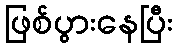
ဖြစ်ပွားနေပြီး